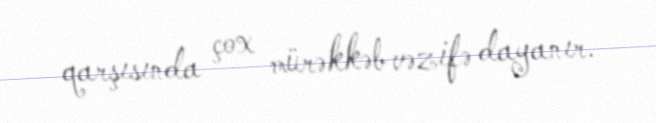
qarşısında çox mürəkkəb vəzifə dayanır.